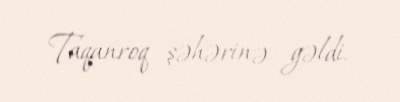
Taqanroq şəhərinə gəldi.